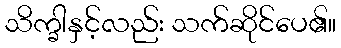
သိက္ခါနှင့်လည်း သက်ဆိုင်ပေ၏။